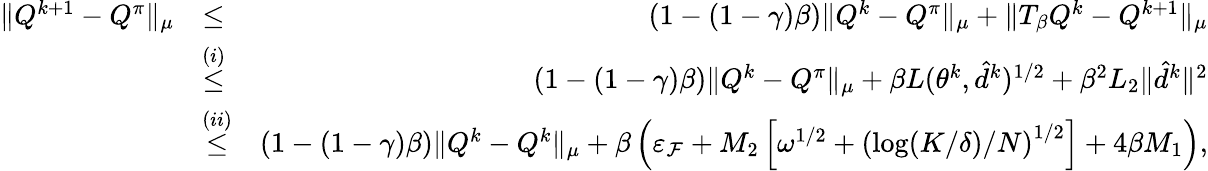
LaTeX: \begin{array}{rlr}{\| Q^{k+1}-Q^{\pi}\| _{\mu}}&{\leq}&{(1-(1-\gamma)\beta)\| Q^{k}-Q^{\pi}\| _{\mu}+\| T_{\beta}Q^{k}-Q^{k+1}\| _{\mu}}\\ &{\overset{(i)}{\leq}}&{(1-(1-\gamma)\beta)\| Q^{k}-Q^{\pi}\| _{\mu}+\beta L(\theta^{k},\hat{d}^{k})^{1/2}+\beta^{2}L_{2}\| \hat{d}^{k}\| ^{2}}\\ &{\overset{(ii)}{\leq}}&{(1-(1-\gamma)\beta)\| Q^{k}-Q^{k}\| _{\mu}+\beta\left(\varepsilon_{\mathcal{F}}+M_{2}\left[\omega^{1/2}+\left(\log(K/\delta)/N\right)^{1/2}\right]+4\beta M_{1}\right),}\end{array}